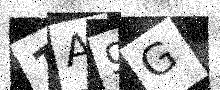
Text: 1A9G